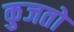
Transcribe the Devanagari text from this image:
कुजतो